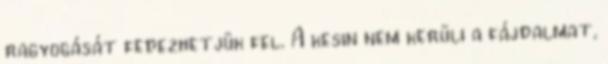
ragyogását fedezhetjük fel. A kesin nem kerüli a fájdalmat,